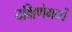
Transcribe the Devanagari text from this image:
दक्षिणेमध्यें